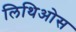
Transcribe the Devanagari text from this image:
लिथिओस